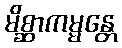
မိစ္ဆာကမ္မန္တေ